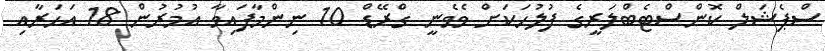
ސްޕެޝަލް ކޮންސްޓެބްލަރީގެ ފުލުހަކަށް ވެވެނީ ގްރޭޑް 10 ނިންމާފައިވާ އުމުރުން 18 އަހަރާއި